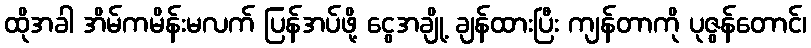
ထိုအခါ အိမ်ကမိန်းမလက် ပြန်အပ်ဖို့ ငွေအချို့ ချန်ထားပြီး ကျန်တာကို ပုဇွန်တောင်၊